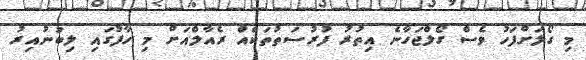
މި ގޯލަށްފަހު ވެސް ގޯލްޖަހާނެ އިތުރު ފުރުސަތުތަކެއް ރެއާލްއަށް މި ހާފުގައި ލިބުނުއިރު